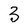
Character: 3